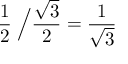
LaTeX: \; \, { \frac { 1 } { 2 } } \; { \Big / } { \frac { \sqrt { 3 } } { 2 } } = { \frac { 1 } { \sqrt { 3 } } }